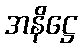
အနိဋ္ဌေ